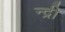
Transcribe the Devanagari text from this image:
न्द्री